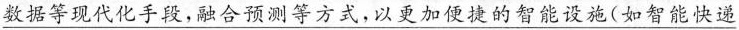
\underline{数据等现代化手段，融合预测等方式，以更加便捷的智能设施(如智能快递}